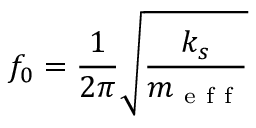
f _ { 0 } = \frac { 1 } { 2 \pi } \sqrt { \frac { k _ { s } } { m _ { \mathrm { ~ e ~ f ~ f ~ } } } }